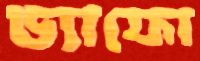
ড্যাফো